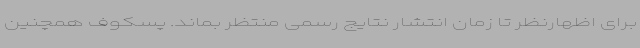
برای اظهارنظر تا زمان انتشار نتایج رسمی منتظر بماند. پسکوف همچنین